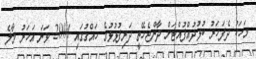
މަހަކު ދެފަހަރު ކުޅުދުއްފުއްޓަށް ދާންޖެހޭތީ ދަރިފުޅުޅުގެ ހައްގުގައި 2004 ވަނަ އަހަރު މާލެ